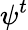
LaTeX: \psi^{t}